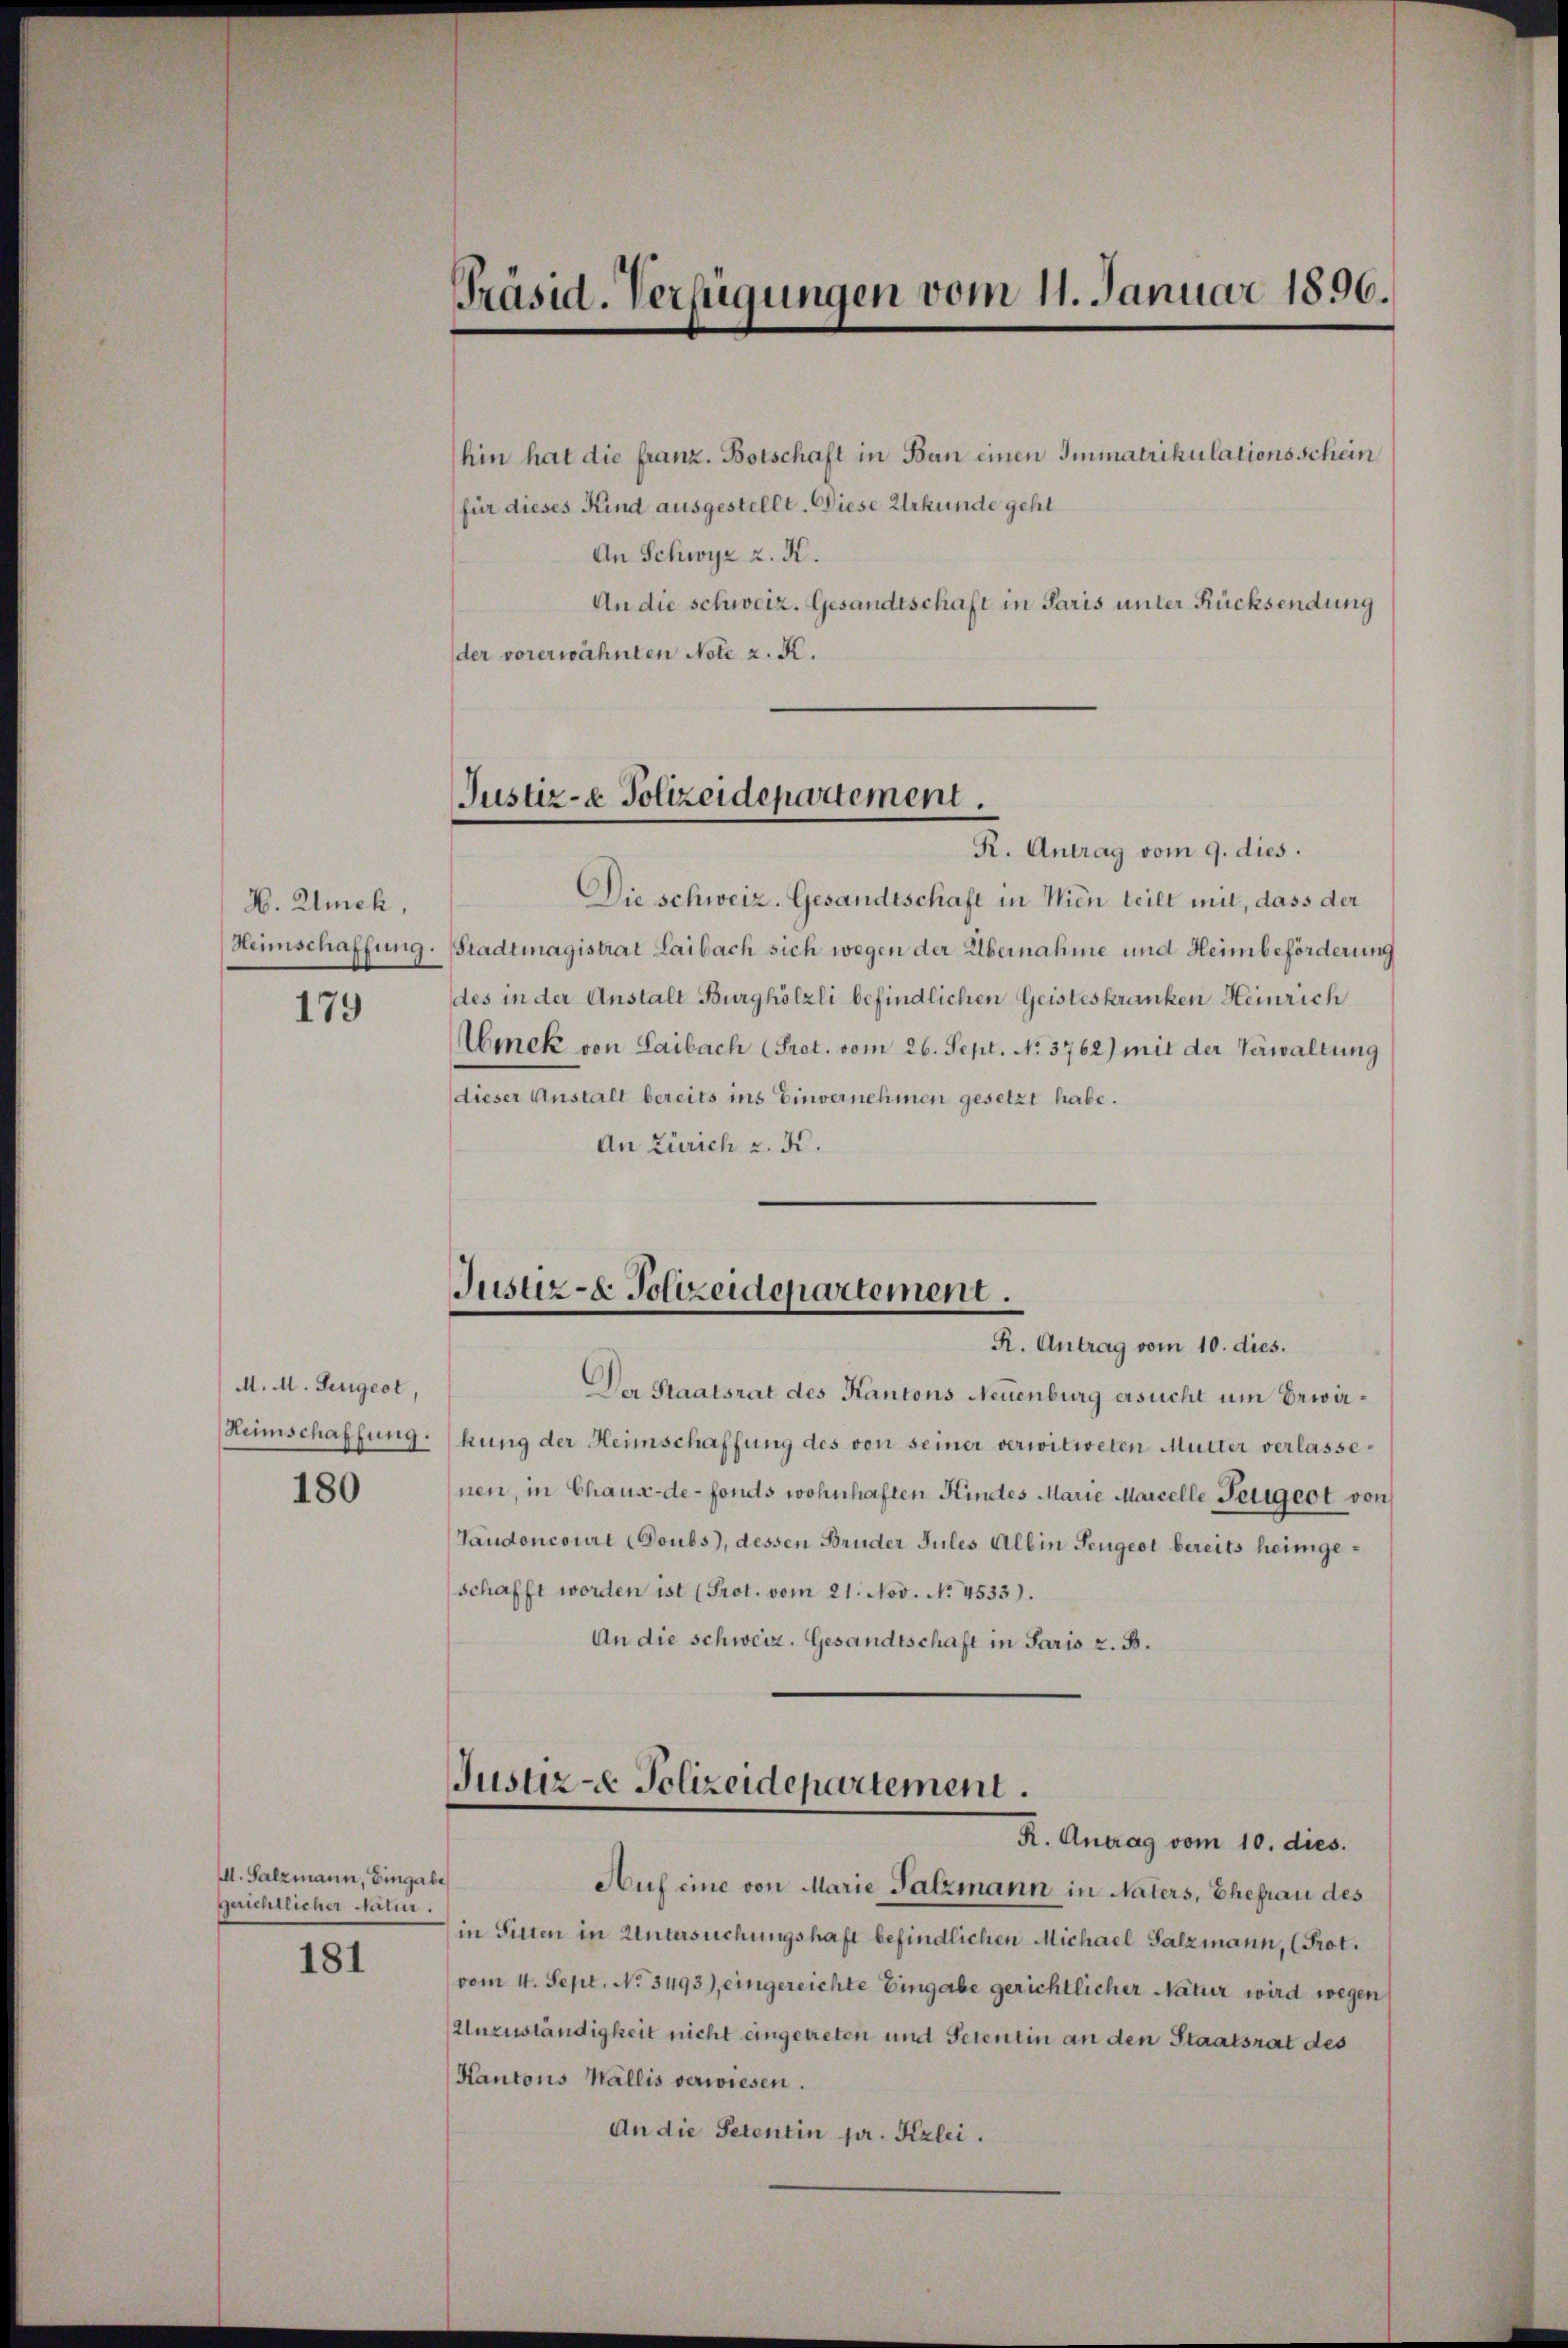
H. Auch,
Heimschaffung.

179

M. M. Lengest,

180

d. Salzmann, Eingabe
gerichtlicher Natur.

181

Präsid. Verfügungen vom 11. Januar 1896.

hin hat die franz. Botschaft in Ban einen Immatrikulationsschein
für dieses Kind ausgestellt. Diese Urkunde geht
An Schwyz z. K.
An die schweiz. Gesandtschaft in Paris unter Rücksendung
der vorerwähnten Note z. K.

Justiz- & Polizeidepartement.

R. Antrag vom 9. dies.
Die schweiz. Gesandtschaft in Wien teilt mit, dass der
Stadtmagistrat Laibach sich wegen der Übernahme und Heimbeförderung
des in der Anstalt Burghölzli befindlichen Geisteskranken Heinrich
bonek von Laibach (Prot. vom 26. Sept. No. 3762) mit der Verwaltung
dieser Anstalt bereits ins Einvernehmen gesetzt habe.
An Zürich z. K.

Justiz- & Polizeidepartement.
R. Antrag vom 10. dies.

Justiz - Polizeidepartement.
R. Antrag vom 10. dies.

Der Staatsrat des Kantons Neuenburg ersucht um Bewä¬
Heimschaffung. (hung der Heimschaffung des von seiner verwitweten Mutter verlassenen, in Chaux-de-Fonds wohnhaften Kindes Marie Marcelle Petigert von
Taudoncourt (Doubs), dessen Bruder Jules Albin Peugeot bereits heimgeschafft worden ist (Prot. vom 21. Nov. No. 4533).
An die schweiz. Gesandtschaft in Paris z. B.

Auf eine von Marie Salzmann in Naters, Ehefrau des
in Sitten in Untersuchungshaft befindlichen Michael Salzmann, (Prot.
vom 4. Sept. No. 3493), eingereichte Eingabe gerichtlicher Natur wird wegen
Unzuständigkeit nicht eingetreten und Serentin an den Staatsrat des
Kantons Wallis verwiesen.
An die Petentin pr. Kzlei.